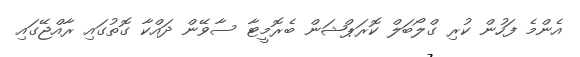
އެންމެ ފަހުން ކުރި ގްލޯބަލް ކޮރަޕްޝަން ބެރޮމީޓާ ސާވޭން ދައްކާ ގޮތުގައި ރާއްޖޭގައި